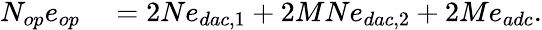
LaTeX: \begin{array}{rl}{N_{op}e_{op}}&{{}=2Ne_{dac,1}+2MNe_{dac,2}+2Me_{adc}.}\end{array}